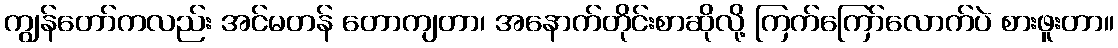
ကျွန်တော်ကလည်း အင်မတန် တောကျတာ၊ အနောက်တိုင်းစာဆိုလို့ ကြက်ကြော်လောက်ပဲ စားဖူးတာ။